Annual statistical returns and brief notes on vaccination in Bengal - 1909-1929
Year: 1909
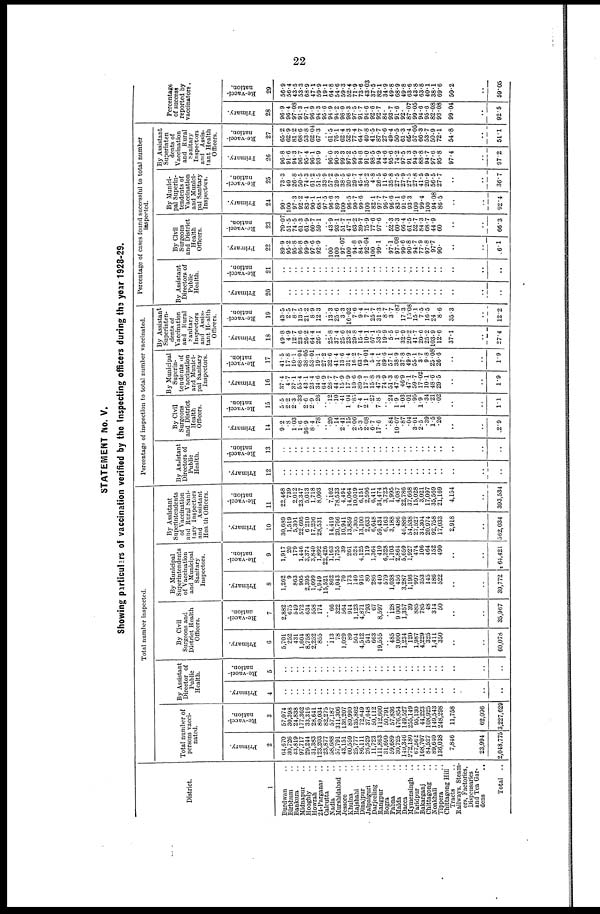
22
STATEMENT No. V.
Showing particulars of vaccination verified by the Inspecting officers during the year 1928-29.
District.
1
Burdwan ..
Birbhum ..
Bankura ..
Midnapur ..
Hooghly ..
Howrah ..
24-Parganas ..
Calcutta ..
Nadia ..
Murshidabad ..
Jessore ..
Khulna ..
Rajshahi ..
Dinajpur ..
Jalpaguri ..
Darjeeling ..
Rangpur ..
Bogra ..
Pabna ..
Malda ..
Dacca ..
Mymensingh ..
Faridpur ..
Bakarganj ..
Chittagong ..
Noakhali ..
Tippera ..
Chittagong Hill
Tracts
Railways. Steam-
era, Factories,
Dispensaries
and Tea Gar-
dens
..
Total ..
Total number inspected.
Total number of
persons vacci-
nated.
Primary.
2
64,670
30,726
43,819
97,717
29,244
31,383
123,203
23,877
58,688
57,791
43,151
60,559
25,777
86,111
26,529
11,723
111,863
31,690
59,689
30,725
149,346
272,180
67,562
168,707
84,527
89,640
136,038
7,846
23,994
2,048,775
Re-vacci-
nation.
3
57,074
30,398
24,838
177,362
33,316
28,641
80,034
82,275
57,187
311,306
136,207
89,990
135,862
72,649
37,648
50,112
112,600
50,791
57,836
476,854
149,527
255,149
95,130
44,223
108,925
149,543
248,298
11,758
62,096
3,227,629
By Assistant
Director of
Public
Health.
Primary.
4
..
..
..
..
..
..
..
..
..
..
..
..
..
..
..
..
..
..
..
..
..
..
..
..
..
..
..
..
..
..
Re-vacci-
nation.
5
..
..
..
..
..
..
..
..
..
..
..
..
..
..
..
..
..
..
..
..
..
..
..
..
..
..
..
..
..
..
By Civil
Surgeons and
District Health
Officers.
Primary.
6
5,701
252
431
1,604
8,758
2,252
855
.. 113
78
1,029
89
504
4,512
541
663
19,555
.. 485
3,000
1,234
120
1,987
4,229
325
1,411
350
..
..
60,078
Re-vacci-
nation.
7
2,882
675
549
572
634
558
174
.. 66
322
564
914
1,123
4,871
793
67
8,597
.. 128
9,000
1,357
39
885
785
48
314
50
..
..
35,967
By Municipal
Superintendents
of Vaccination
and Municipal
Sanitary
Inspectors.
Primary.
8
1,262
9
863
905
2,395
1,099
4,949
15,521
862
1,043
70
173
140
916
80
286
440
579
1,038
456
3,287
1,196
997
353
145
186
522
..
..
39,772
Re-vacci-
nation.
9
1,917
20
179
1,446
3,374
3,840
1,892
22,426
1,163
1,755
39
261
524
4,125
119
1,364
410
6,328
1,103
2,864
5,659
1,927
474
106
464
152
490
..
..
64,421
By Assistant
Superintendents
of Vaccination
and Rural Sani-
tary Inspectors
and
Assistant
Heath Officers.
Primary.
10
30,689
1,519
5,301
22,695
6,210
17,206
28,531
.. 14,419
20,766
10,941
13,859
7,305
13,100
2,633
6,648
59,434
6,163
3,188
486
46,889
54,538
27,527
34,304
20,974
92,758
17,033
2,918
..
562,034
Re-vacci-
nation.
11
22,468
739
2,012
23,347
5,013
1,718
8,093
.. 7,102
78,533
4,494
14,064
10,019
6,151
2,596
6,411
34,474
3,723
1,995
4,087
22,786
37,668
15,028
3,021
17,097
35,569
21,169
4,154
..
393,534
Percentage of inspection to total number vaccinated.
By Assistant
Directors of
Public
Health.
Primary.
12
..
..
..
..
..
..
..
..
..
..
.. ..
..
..
..
..
..
..
..
..
..
..
..
..
.. ..
..
..
..
..
Re-vacci-
nation.
13
..
..
..
..
..
..
..
..
..
..
..
..
..
..
..
..
..
..
..
..
..
..
..
..
..
..
..
..
..
..
By Civil
Surgeons
and District
Health
Officers.
Primary.
14
9.2
.8
1.03
1.6
36.9
8.4
.78
.. .20
.14
2.41
.15
2.06
5.3
2.08
6.7
17.6
.. .84
10.07
.87
.04
3.01
2.5
.39
1.5
.26
..
..
2.9
Re-vacci-
nation.
15
5.5
2.2
2.3
.33
2.6
2.9
.26
.. .12
.10
.41
1.04
.85
7.4
2.1
.27
7.8
.. .24
1.9
1.03
.01
.95
1.9
.34
.21
.02
..
..
1.1
By Municipal
Superin-
tendents of
Vaccination
and Munici-
pal Sanitary
Inspectors.
Primary.
16
37.4
4.7
37.1
55.4
43.1
23.4
34.6
64.9
28.7
44.7
15.9
17.9
10.6
80.9
17.1
15.8
47.3
74.9
51.3
47.8
46.9
47.1
59.7
17.02
10.1
48.6
29.5
..
..
1.9
Re-vacci-
nation.
17
41.5
17.8
10.1
68.04
38.05
53.01
19.1
27.2
32.6
41.4
13.6
31.4
16.2
63.7
19.01
5.4
34.1
89.6
57.1
38.9
37.8
49.9
55.1
3.7
9.8
25.08
26.6
..
..
1.9
By Assistant
Superinten-
dents of
Vaccination
and Rural
Sanitary
Inspectors
and Assis-
tant Health
Officers.
Primary.
18
49.8
4.9
12.7
23.6
26.2
64.4
26.1
.. 25.8
37.4
25.6
23.2
29.8
15.4
10.1
67.1
53.5
19.9
5.5
1.6
32.9
20.2
41.7
20.6
25.2
103.9
12.6
37.1
..
27.4
Re-vacci-
nation.
19
43.5
2.5
8.7
13.5
21.2
8.9
12.3
.. 13.3
25.6
3.3
16.02
7.6
9.4
7.1
25.7
31.3
8.7
3.7
.87
17.3
15.08
15.1
7.5
16.5
24
8.6
35.3
..
12.2
Percentage of cases found successful to total number
inspected.
By Assistant
Directors of
Public
Health.
Primary.
20
..
..
..
..
..
..
..
..
..
..
..
..
..
..
..
..
..
..
..
..
..
..
..
..
..
..
..
..
..
..
Re-vacci-
nation.
21
..
..
..
..
..
..
..
..
..
..
..
..
..
..
..
..
..
..
..
..
..
..
..
..
..
..
..
..
..
..
By Civil
Surgeons
and District
Health
Officers.
Primary.
22
89.9
95.2
95.8
96.8
99.9
97.6
92.9
.. 100
100
97.07
100
94.8
84.9
92.04
100
99.1
.. 97.1
97.08
99.6
90.8
94.7
77.9
97.8
97.7
90.
..
..
6.1
Re-vacci-
nation.
23
70.07
51.5
74.5
61.3
61.9
60.7
59.1
.. 43.9
93.1
51.7
47.1
63.2
39.7
75.9
77.6
97.6
.. 52.3
60.3
66.4
61.5
52.7
84.3
68.7
44.9
60
..
..
66.3
By Munici-
pal Superin-
tendents of
Vaccination
and Munici-
pal Sanitary
Inspectors.
Primary.
24
90.
100
97.3
92.2
83.4
90.1
68.1
97.5
96.6
89.3
100
96.5
90.7
99.6
100
82.1
97.7
96.7
96.6
83.1
91.6
93.3
100
99.4
100
94.08
86.5
..
..
92.4
Re-vacci-
nation.
25
73.3
40
26.8
50.5
74.3
61.2
51.5
33.9
57.2
29.9
38.5
20.6
29.7
45.4
35.2
4.8
26.5
11.6
35.8
27.5
27.9
27.5
27.8
41.5
20.9
56.5
27.7
..
..
36.7
By Assistant
Superinten
dents of
Vaccination
and Rural
Sanitary
Inspectors
and Assis-
tant Health
Officers.
Primary.
26
96.8
91.6
94.3
96.7
95.4
96.1
93.9
.. 96.0
90.3
99.3
97.2
99.5
94.8
91.0
98.5
94.9
44.6
95.6
74.2
97.5
91.3
94.9
88.8
94.7
97.6
95.8
97.4
..
97.2
Re-vacci-
nation.
27
65.2
62.9
81.2
68.6
53.8
62.04
67.3
.. 61.5
76.1
62.4
52.3
77.4
64.7
40.8
41.5
87.7
27.6
49.4
50.5
61.3
65.4
57.05
66.3
53.7
50.9
72.1
54.8
..
51.1
Percentage
of success
reported by
vaccinators.
Primary.
28
96.9
96.4
97.08
91.3
97.1
96.9
94.3
95.6
94.9
94.2
98.0
98.3
97.5
91.7
94.6
92.6
92.7
84.
93.7
91.6
92.
87.07
99.05
94.6
95.6
82.08
93.08
99.04
..
92.5
Re-vacci-
nation.
29
56.9
56.4
43.5
53.3
68.9
47.1
59.9
19.1
64.8
54.6
59.3
52.4
71.9
73.6
43.03
37.5
82.1
34.9
49.8
68.9
49.8
63.6
43.8
63.8
40.1
38.1
69.6
50.2
..
59.05